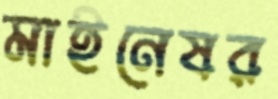
মাইনেষর